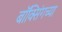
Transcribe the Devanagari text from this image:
बॉक्सिंगच्या